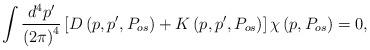
LaTeX: \begin{align*}\int \frac{d^{4}p^{\prime }}{\left( 2\pi \right) ^{4}}\left[ {D}\left(p,p^{\prime },P_{os}\right) +{K}\left( p,p^{\prime },P_{os}\right)\right] {\chi }\left( p,P_{os}\right) =0, \end{align*}